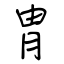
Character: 冑